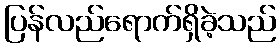
ပြန်လည်ရောက်ရှိခဲ့သည်